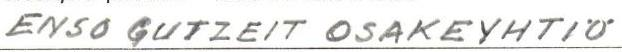
ENSO-GUTZEIT OSAKEYHTIÖ